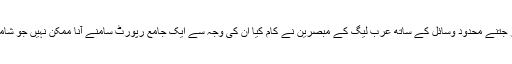
انہوں نے کہا تھا کہ ’شامی قومی کونسل کے خیال میں جن حالات میں اور جتنے محدود وسائل کے ساتھ عرب لیگ کے مبصرین نے کام کیا اُن کی وجہ سے ایک جامع رپورٹ سامنے آنا ممکن نہیں جو شامی عوام، وہاں کے حالات اور بین الاقوامی رائے کی درست عکاسی کرے۔